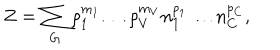
Z = \sum _ { G } \rho _ { 1 } ^ { m _ { 1 } } \ldots \rho _ { V } ^ { m _ { V } } n _ { 1 } ^ { p _ { 1 } } \ldots n _ { C } ^ { p _ { C } } ,